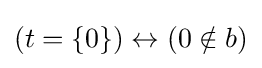
(t=\{0\})\leftrightarrow (0\notin b)